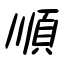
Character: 順